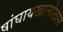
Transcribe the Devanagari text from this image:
षांघायखालोखाल